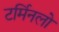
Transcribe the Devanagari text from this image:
टर्मिनलो